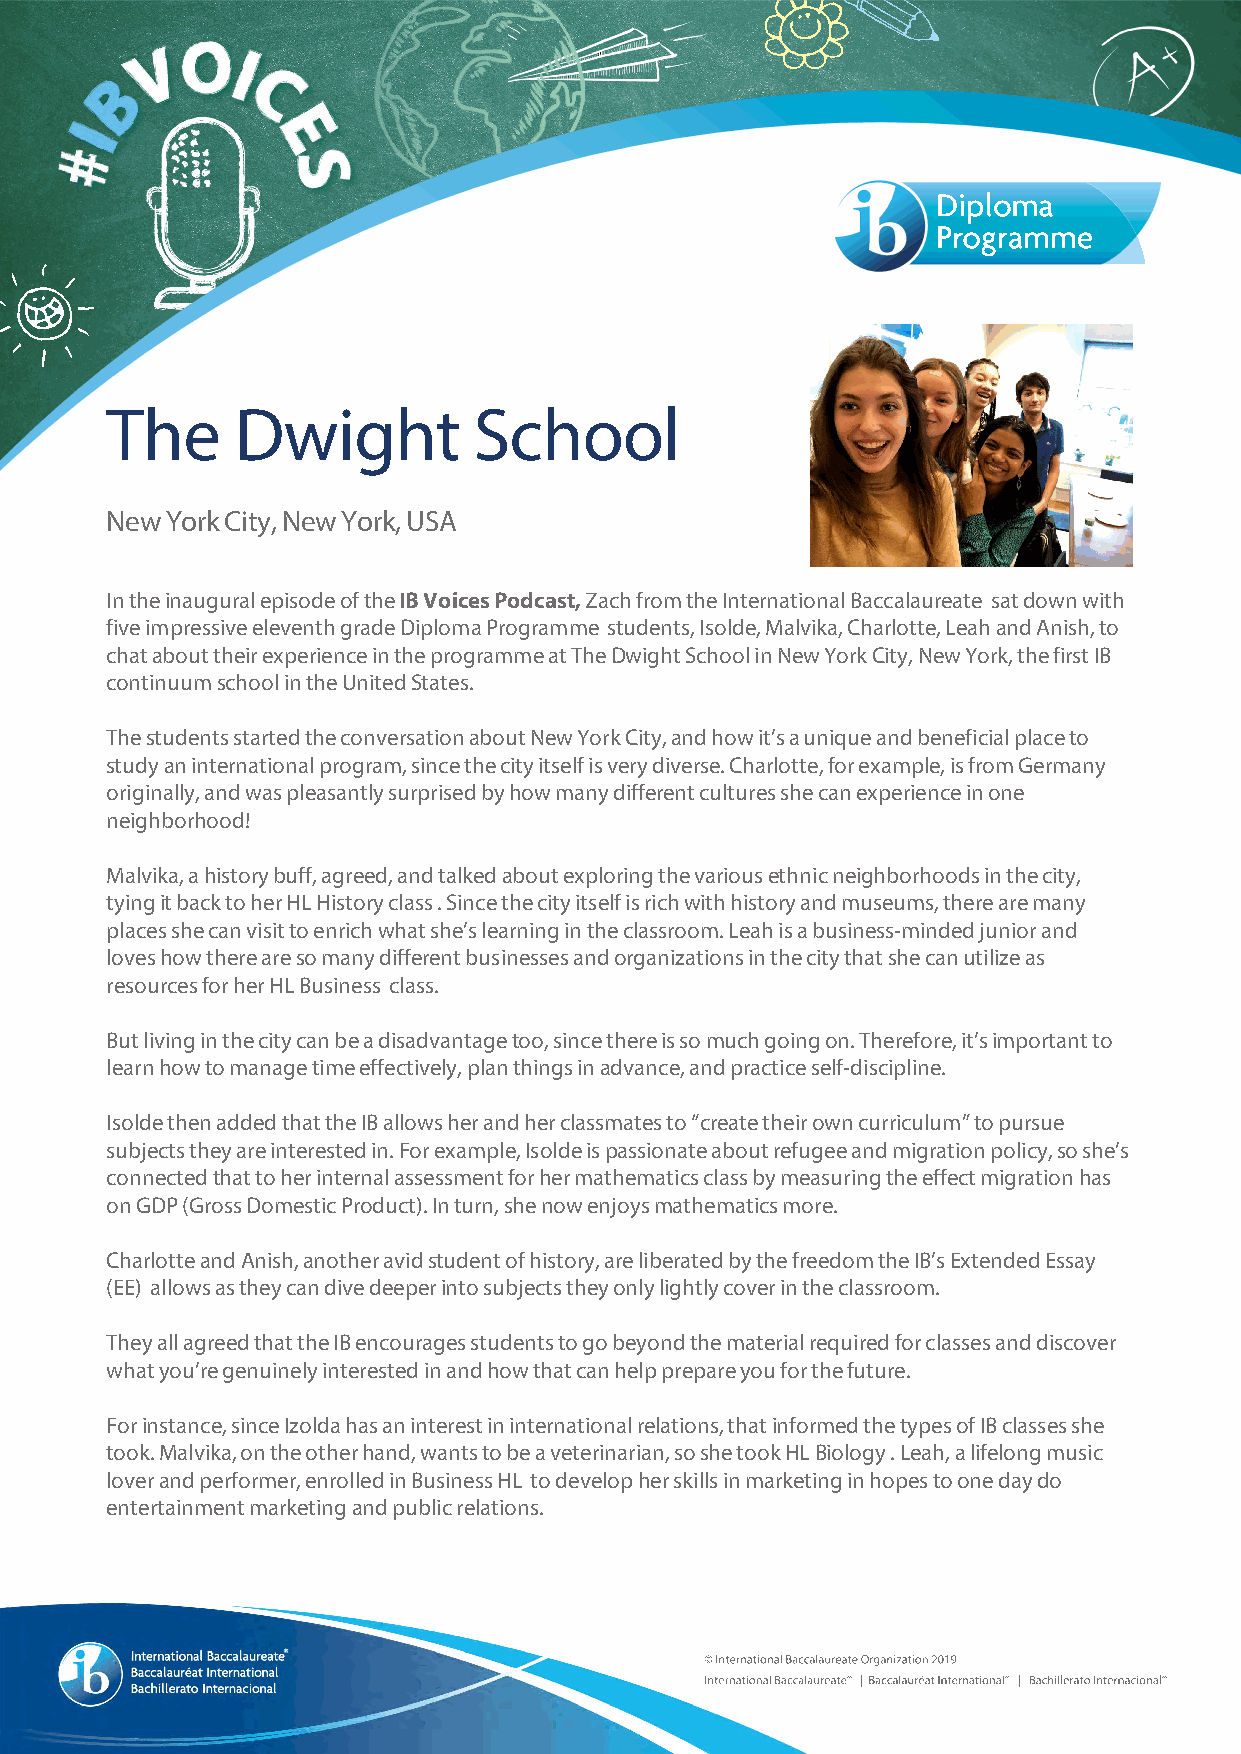
The      Dwight         School
 New York City, New York, USA
 In the inaugural episode of the IB Voices Podcast, Zach from the International Baccalaureate sat down with
 five impressive eleventh grade Diploma Programme students, Isolde, Malvika, Charlotte, Leah and Anish, to
 chat about their experience in the programme at The Dwight School in New York City, New York, the first IB
 continuum school in the United States.
 The students started the conversation about New York City, and how it’s a unique and beneficial place to
 study an international program, since the city itself is very diverse. Charlotte, for example, is from Germany
 originally, and was pleasantly surprised by how many different cultures she can experience in one
 neighborhood!
 Malvika, a history buff, agreed, and talked about exploring the various ethnic neighborhoods in the city,
 tying it back to her HL History class . Since the city itself is rich with history and museums, there are many
 places she can visit to enrich what she’s learning in the classroom. Leah is a business-minded junior and
 loves how there are so many different businesses and organizations in the city that she can utilize as
 resources for her HL Business class.
 But living in the city can be a disadvantage too, since there is so much going on. Therefore, it’s important to
 learn how to manage time effectively, plan things in advance, and practice self-discipline.
 Isolde then added that the IB allows her and her classmates to “create their own curriculum” to pursue
 subjects they are interested in. For example, Isolde is passionate about refugee and migration policy, so she’s
 connected that to her internal assessment for her mathematics class by measuring the effect migration has
 on GDP (Gross Domestic Product). In turn, she now enjoys mathematics more.
 Charlotte and Anish, another avid student of history, are liberated by the freedom the IB’s Extended Essay
 (EE) allows as they can dive deeper into subjects they only lightly cover in the classroom.
 They all agreed that the IB encourages students to go beyond the material required for classes and discover
 what you’re genuinely interested in and how that can help prepare you for the future.
 For instance, since Izolda has an interest in international relations, that informed the types of IB classes she
 took. Malvika, on the other hand, wants to be a veterinarian, so she took HL Biology . Leah, a lifelong music
 lover and performer, enrolled in Business HL to develop her skills in marketing in hopes to one day do
 entertainment marketing and public relations.